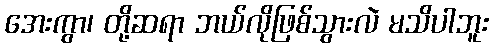
အေးကွာ၊ တို့ဆရာ ဘယ်လိုဖြစ်သွားလဲ မသိပါဘူး